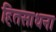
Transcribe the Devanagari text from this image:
हितसाधना